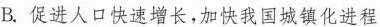
B. 促进人口快速增长，加快我国城镇化进程